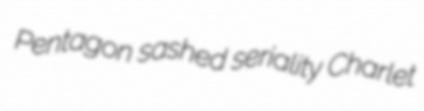
Pentagon sashed seriality Charlet